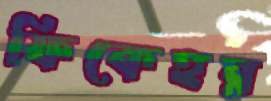
ফিকেহর